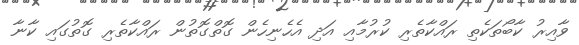
ވާއިރު ކާބޯތަކެތި ރައްކާތެރި ކުރުމާއި އަދި އެހެނިހެން ގޮތްގޮތުން ރައްކާތެރި ގޮތުގައި ކާނާ